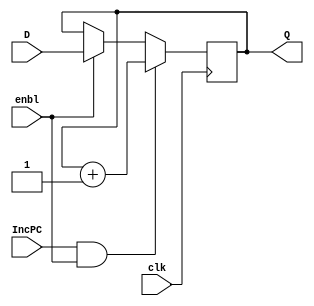
module PC(

input clk, IncPC, enbl,
input [31:0] D,
output reg [31:0] Q
);

initial Q = 0;

always @(posedge clk)
begin
    if(IncPC == 1 && enbl == 1)
			Q <= Q + 1 ;
    else if (enbl == 1)
		Q <= D;
end
endmodule